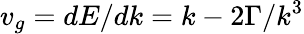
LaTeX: v_{g}=dE/dk=k-2\Gamma/k^{3}